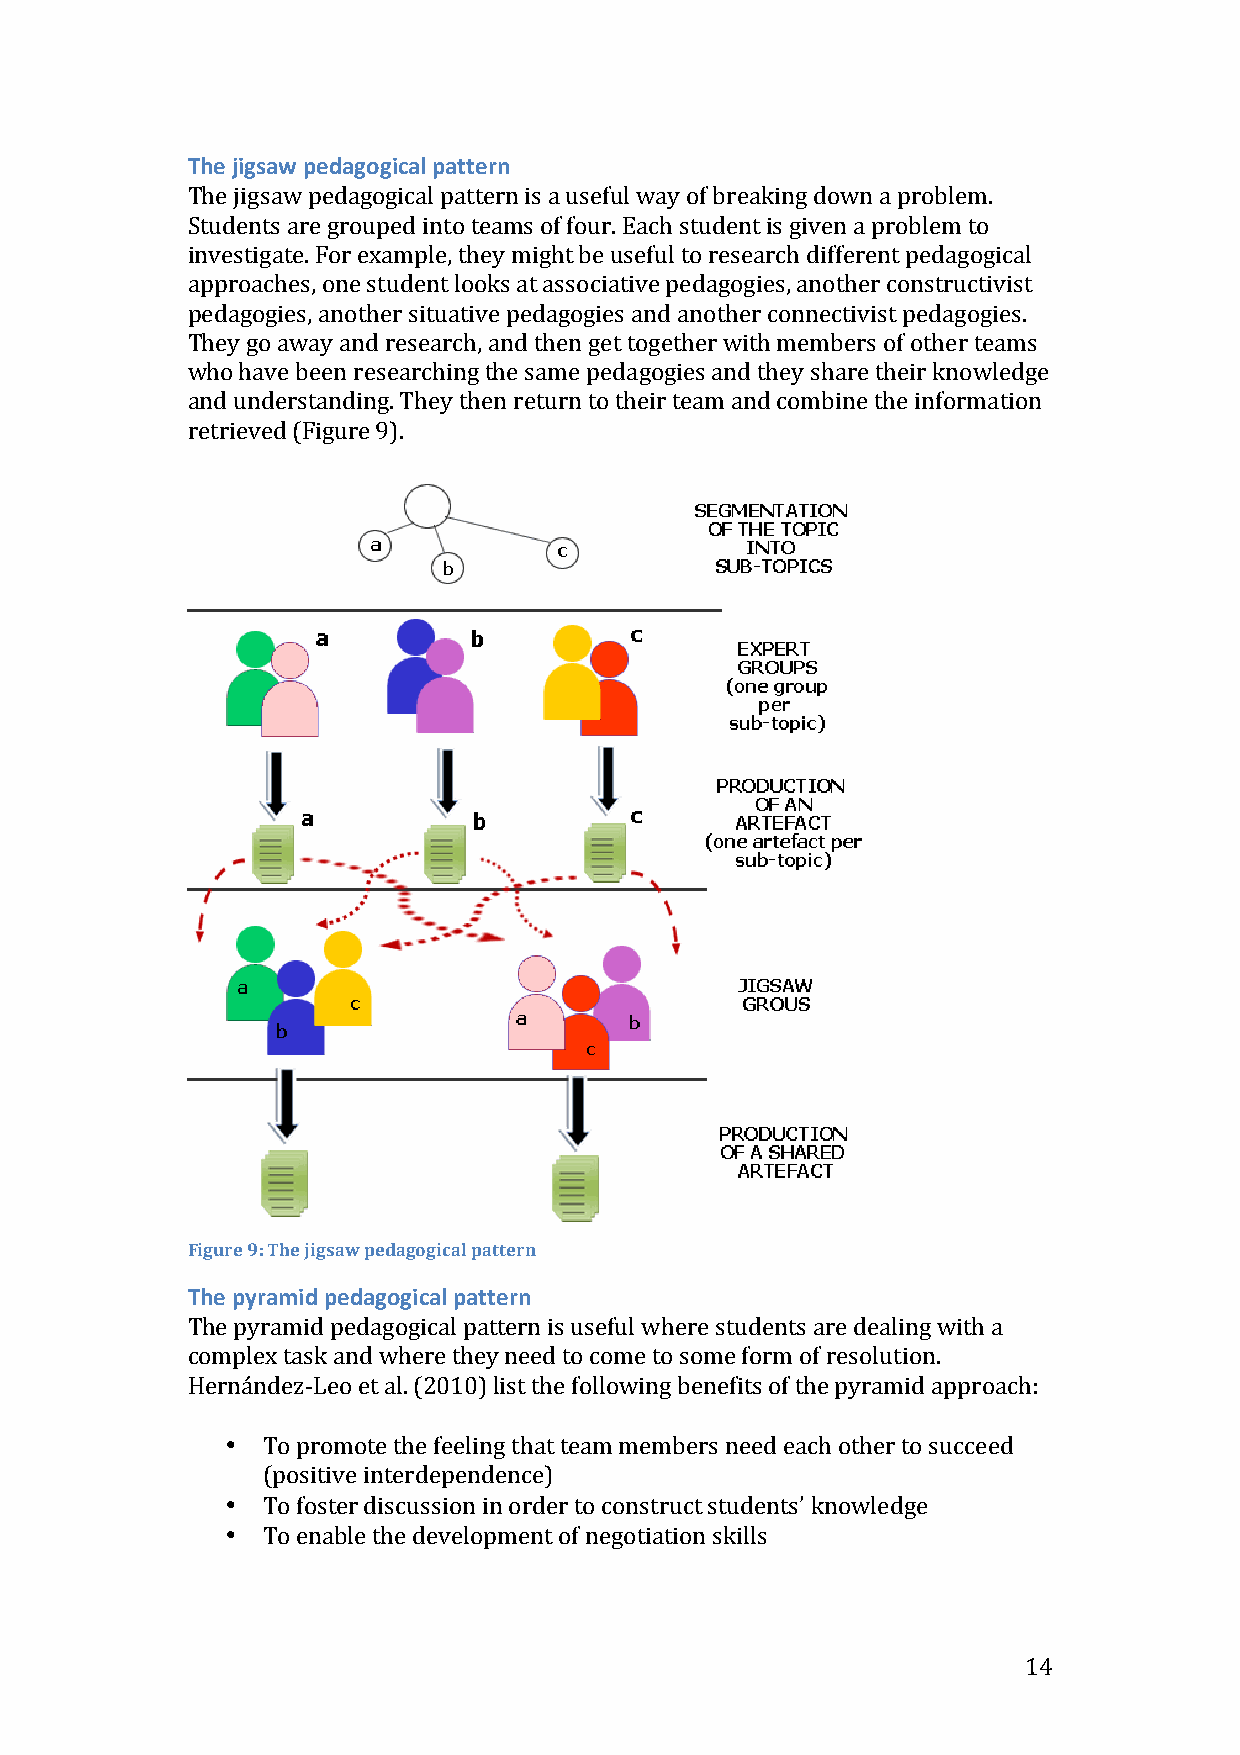
The jigsaw pedagogical pattern
 The jigsaw pedagogical pattern is a useful way of breaking down a problem.
 Students are grouped into teams of four. Each student is given a problem to
 investigate. For example, they might be useful to research different pedagogical
 approaches, one student looks at associative pedagogies, another constructivist
 pedagogies, another situative pedagogies and another connectivist pedagogies.
 They go away and research, and then get together with members of other teams
 who have been researching the same pedagogies and they share their knowledge
 and understanding. They then return to their team and combine the information
 retrieved (Figure 9).
 Figure 9: The jigsaw pedagogical pattern
 The pyramid pedagogical pattern
 The pyramid pedagogical pattern is useful where students are dealing with a
 complex task and where they need to come to some form of resolution.
 Hernández-­‐Leo et al. (2010) list the following benefits of the pyramid approach:
 • To promote the feeling that team members need each other to succeed
 (positive interdependence)
 • To foster discussion in order to construct students’ knowledge
 • To enable the development of negotiation skills
 14